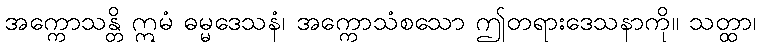
အက္ကောသန္တိ ဣမံ ဓမ္မဒေသနံ၊ အက္ကောသံစသော ဤတရားဒေသနာကို။ သတ္ထာ၊